Rangoon Lunatic Asylum 1893-1897 - 1893-1897
Year: 1893
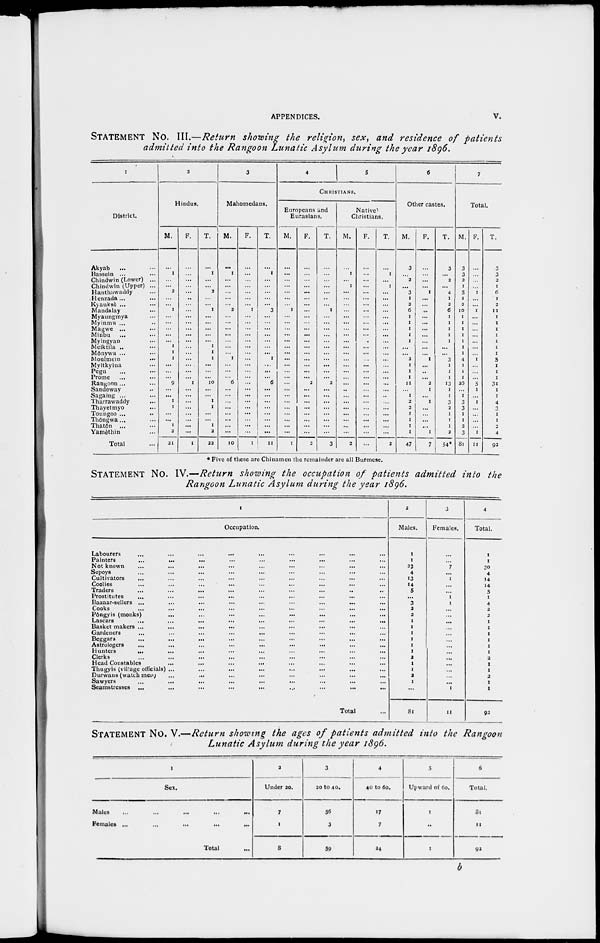
APPENDICES.
v.
STATEMENT No. III.—Return showing the religion, sex, and residence of patients
admitted into the Rangoon Lunatic Asylum during the year 1896.
1
District.
Akyab ... ...
Bassein ...
Chindwin (Lower) ...
Chindwin (Upper) ...
Hanthawaddy ...
Henzada... ..
Kyaukse ... ...
Mandalay ...
Myaungmya ...
Myinmu ...
Magwe ...
Minbu ...
Myingyan ...
Meiktila ...
Mônywa ...
Moulmein ...
Myitkyina ...
Pegu ... ...
Prome ... ...
Rangoon ... ...
Sandoway ...
Sagaing ...
Tharrawaddy ...
Thayetmyo ...
Toungoo ...
...
Thôngwa...
Thatôn
...
Yamèthin
Total ...
2
Hindus.
M.
1
...
...
2
...
...
1
...
...
...
...
...
1
1
1
...
...
...
9
...
...
1
1
...
...
1
2
21
F.
... ...
...
...
...
...
...
...
...
...
...
...
...
...
...
...
...
...
1
...
...
...
...
...
...
...
...
1
T.
1
...
...
2
...
...
1
...
...
...
...
...
1
1
1
...
...
...
10
...
...
1
1
...
...
1
2
22
3
Mahomedans.
M.
...
1
...
...
...
...
...
2
...
...
...
...
...
...
...
1
...
...
... 6
...
...
...
...
...
...
...
...
10
F.
...
...
...
...
...
...
...
1
...
...
...
...
...
...
...
...
...
...
...
...
...
...
...
...
...
...
...
...
1
T.
...
1
...
...
...
...
...
3
...
...
...
...
...
... ...
1
...
...
...
6
...
...
...
...
...
...
...
...
11
4
5
CHRISTIANS.
Europeans and
Eurasians.
M.
...
...
...
...
...
...
...
1
...
...
...
...
...
...
...
...
...
...
...
...
...
...
...
...
...
...
...
...
1
F.
...
...
...
...
...
...
...
...
...
...
...
...
...
...
...
...
...
...
2
...
...
...
...
...
...
...
2
T.
...
...
...
...
...
...
...
1
...
... ...
...
...
...
...
...
...
...
...
2
...
...
...
...
...
...
...
...
3
Native
Christians.
M.
...
1
...
1
...
...
...
...
...
...
...
...
...
...
...
...
...
...
...
...
...
...
...
...
...
...
...
...
2
F.
...
...
...
...
...
...
...
...
...
...
...
...
...
...
...
....
...
...
...
...
...
...
...
...
...
...
...
...
...
T.
...
1
...
1
...
...
...
...
...
...
...
...
...
...
...
...
...
...
...
...
...
..
...
...
...
...
...
2
6
Other castes.
M.
3
... 2
...
3
1
2
6
1
1
1
1
1
...
...
2
1
1
1
11
...
1
2
2
1
1
1
1
47
F.
...
... ...
...
1
...
...
...
...
...
...
...
...
...
...
1
...
..
...
2
1
...
1
...
...
...
...
1
7
T.
3
...
2
...
4
1
2
6
1
1
1
1
1
...
...
3
1
1
1
13
1
1
3
2
1
1
1
2
54*
7
Total.
M.
3
3
2
1
5
1
2
10
1
1
1
1
1
1
1
4
1
1
1
26
...
1
3
3
1
1
2
3
81
F.
...
...
...
...
1
...
...
1
...
...
...
...
...
...
...
1
...
...
...
5
1
...
1
...
...
...
...
1
11
T.
3
3
2
1
6
1
2
11
...
...
...
...
...
...
...
5
...
...
...
31
...
...
...
...
...
...
2
4
92
* Five of these are Chinamen the remainder are all Burmese.
STATEMENT No. IV.—Return showing the occupation of patients admitted into the
Rangoon Lunatic Asylum during the year 1896.
1
Occupation.
Labourers ... ... ... ... ... ... ... ... ...
Painters
...
...
...
...
...
...
...
...
...
Not known ... ... ... ... ... ... ... ... ...
Sepoys ... ... ... ... ... ... ... ... ...
Cultivators ... ... ... ... ... ... ... ... ...
Coolies ... ... ... ... ... ... ... ... ...
Traders ... ... ... ... ... ... ... ... ...
Prostitutes
...
...
...
...
...
...
...
...
...
Bazaar-sellers ... ... ... ... ... ... ... ... ...
Cooks ... ... ... ... ... ... ... ... ...
Pôngyis (monks) ... ... ... ... ... ... ... ... ...
Lascars
...
...
...
...
...
...
...
...
...
Basket makers ... ... ... ... ... ... ... ... ...
Gardeners ... ... ... ... ... ... ... ... ...
Beggars ... ... ... ... ... ... ... ... ...
Astrologers ... ... ... ... ... ... ... ... ...
Hunters
...
Clerks ... ... ... ... ... ... ... ... ...
Head Constables ... ... ... ... ... ... ... ... ...
Thugyis (village officials) ... ... ... ... ... ... ... ... ...
Durwans (watch men) ... ... ... ... ... ... ... ... ...
Sawyers ... ... ... ... ... ... ... ... ...
Seamstresses ... ... ... ... ... ... ... ... ...
Total ...
2
Males.
1
1
23
4
13
14
5
...
3
2
2
1
1
1
1
1
1
2
1
1
2
1
...
81
3
Females.
...
...
7
...
1
...
...
1
1
...
...
...
...
...
...
...
...
...
...
...
...
...
1
11
4
Total.
1
1
30
4
14
14
5
1
4
2
2
1
1
1
1
1
1
2
1
1
2
1
1
92
STATEMENT No. V.—Return showing the ages of patients admitted into the Rangoon
Lunatic Asylum during the year 1896.
1
Sex.
Males ... ... ... ... ...
Females ... ... ... ... ...
Total ...
2
Under 20.
7
1
8
3
20 to 40.
56
3
59
4
40 to 60.
17
7
24
5
Upward of 60.
1
..
1
6
Total.
81
11
92
b